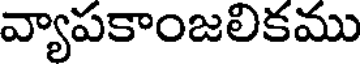
వ్యాపకాంజలికము